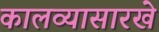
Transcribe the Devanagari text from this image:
कालव्यासारखे